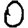
Digit: 0